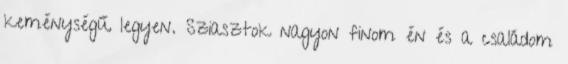
keménységű legyen. Sziasztok nagyon finom én és a családom